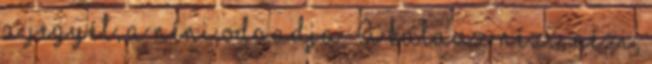
a jegyét, a néni odaadja. A kalauz nézi, nézi,